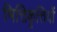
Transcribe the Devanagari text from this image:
भित्तिकृत्तियों